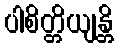
ပါစိတ္တိယျန္တိ